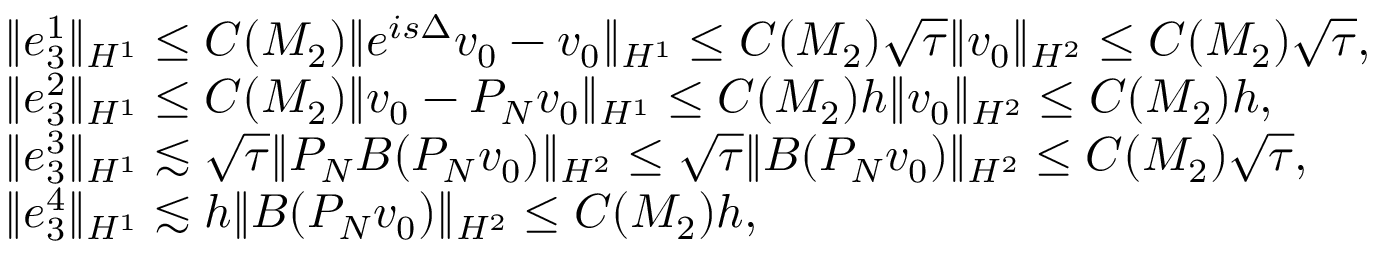
\begin{array} { r l } & { \begin{array} { r l } & { \| e _ { 3 } ^ { 1 } \| _ { H ^ { 1 } } \leq C ( M _ { 2 } ) \| e ^ { i s \Delta } v _ { 0 } - v _ { 0 } \| _ { H ^ { 1 } } \leq C ( M _ { 2 } ) \sqrt { \tau } \| v _ { 0 } \| _ { H ^ { 2 } } \leq C ( M _ { 2 } ) \sqrt { \tau } , } \\ & { \| e _ { 3 } ^ { 2 } \| _ { H ^ { 1 } } \leq C ( M _ { 2 } ) \| v _ { 0 } - P _ { N } v _ { 0 } \| _ { H ^ { 1 } } \leq C ( M _ { 2 } ) h \| v _ { 0 } \| _ { H ^ { 2 } } \leq C ( M _ { 2 } ) h , } \end{array} } \\ & { \begin{array} { r l } & { \| e _ { 3 } ^ { 3 } \| _ { H ^ { 1 } } \lesssim \sqrt { \tau } \| P _ { N } B ( P _ { N } v _ { 0 } ) \| _ { H ^ { 2 } } \leq \sqrt { \tau } \| B ( P _ { N } v _ { 0 } ) \| _ { H ^ { 2 } } \leq C ( M _ { 2 } ) \sqrt { \tau } , } \\ & { \| e _ { 3 } ^ { 4 } \| _ { H ^ { 1 } } \lesssim h \| B ( P _ { N } v _ { 0 } ) \| _ { H ^ { 2 } } \leq C ( M _ { 2 } ) h , } \end{array} } \end{array}